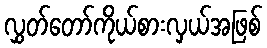
လွှတ်တော်ကိုယ်စားလှယ်အဖြစ်